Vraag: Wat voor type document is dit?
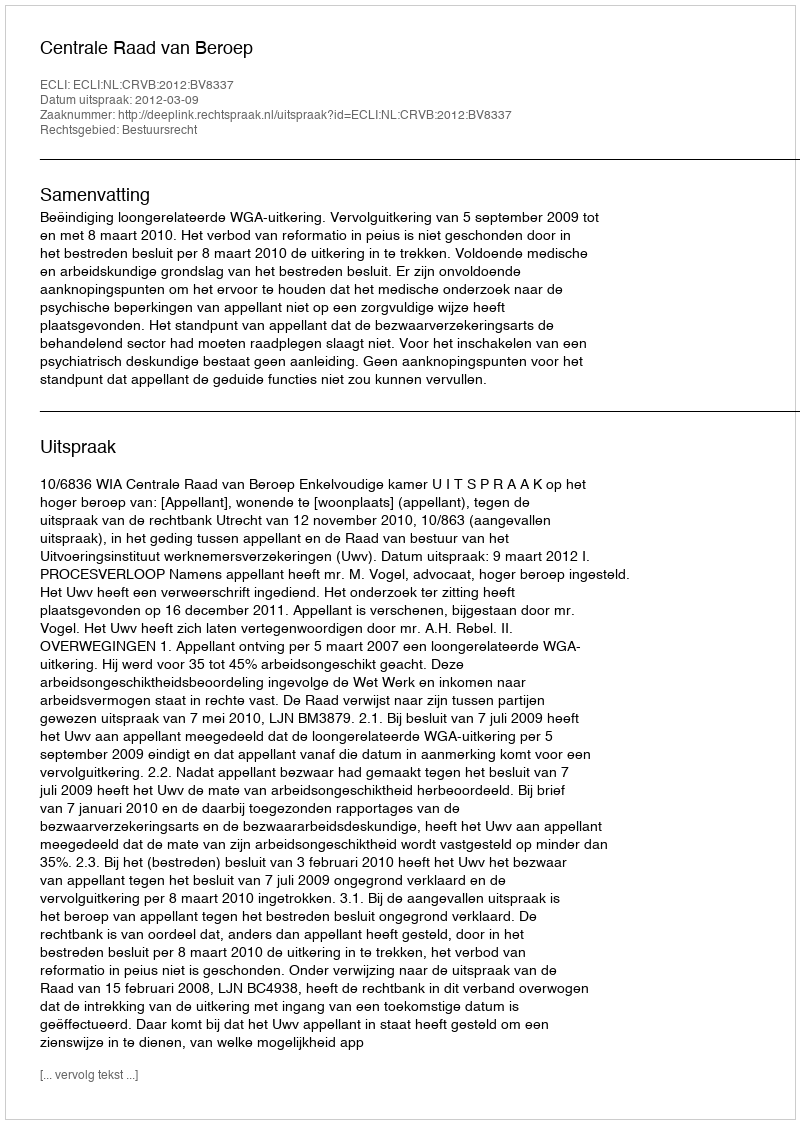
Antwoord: Uitspraak